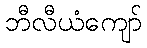
ဘီလီယံကျော်